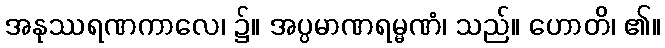
အနုဿရဏကာလေ၊ ၌။ အပ္ပမာဏရမ္မဏံ၊ သည်။ ဟောတိ၊ ၏။